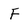
Character: F